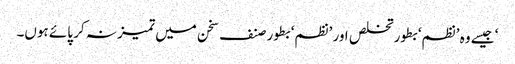
‘ جیسے وہ ’نظم‘ بطور تخلص اور ’نظم‘ بطور صنف سخن میں تمیز نہ کر پائے ہوں۔